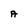
Character: A